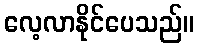
လေ့လာနိုင်ပေသည်။